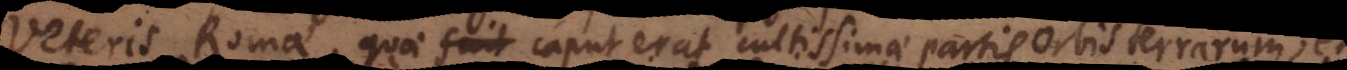
veteris Romae, quae caput erat cultissimae partis orbis terrarum,